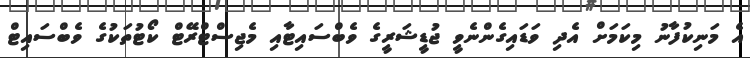
އެ މަނިކުފާނު މިކަމަށް އެދި ވަޑައިގެންނެވީ ޖުޑީޝަރީގެ ވެބްސައިޓާއި މެޖިސްޓްރޭޓް ކޯޓުތަކުގެ ވެބްސައިޓް